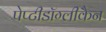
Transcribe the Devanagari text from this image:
पेप्टीडॉग्लीकैन